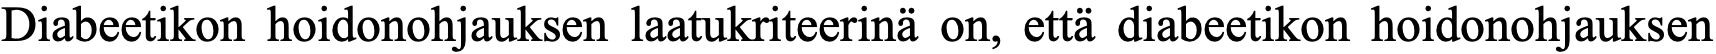
Diabeetikon hoidonohjauksen laatukriteerinä on, että diabeetikon hoidonohjauksen